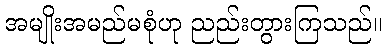
အမျိုးအမည်မစုံဟု ညည်းတွားကြသည်။